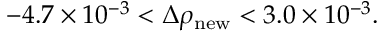
- 4 . 7 \times 1 0 ^ { - 3 } < \Delta \rho _ { \mathrm { n e w } } < 3 . 0 \times 1 0 ^ { - 3 } .